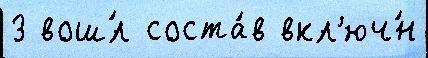
3 вош́л соста́в вкл'юч́н